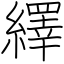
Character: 繹